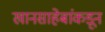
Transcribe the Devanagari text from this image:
खानसाहेबांकडून